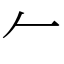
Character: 𠂉